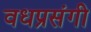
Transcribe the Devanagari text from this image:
वधप्रसंगी